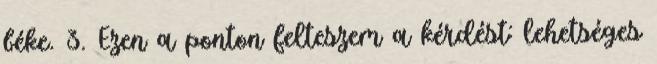
béke. 3. Ezen a ponton felteszem a kérdést: lehetséges